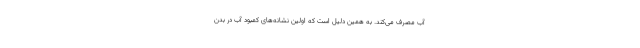
آب مصرف می‌کند. به همین دلیل است که اولین نشانه‌های کمبود آب در بدن